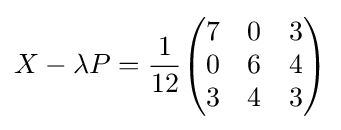
X-\lambda P={\frac {1}{12}}{\begin{pmatrix}7&0&3\\0&6&4\\3&4&3\end{pmatrix}}